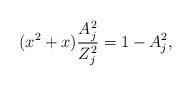
LaTeX: \begin{align*}(x^2+x)\frac{A_j^2}{Z_j^2} = 1 - A_j^2,\end{align*}